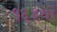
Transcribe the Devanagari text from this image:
१६३वां